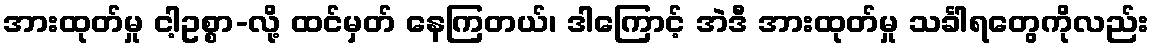
အားထုတ်မှု ငါ့ဥစ္စာ-လို့ ထင်မှတ် နေကြတယ်၊ ဒါကြောင့် အဲဒီ အားထုတ်မှု သင်္ခါရတွေကိုလည်း